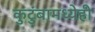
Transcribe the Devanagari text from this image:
कुटुंबामध्येही